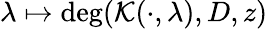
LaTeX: \lambda\mapsto\deg(\mathcal{K}(\cdot,\lambda),D,z)